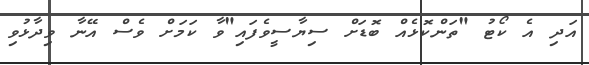
އަދި އެ ކޯޓު "ތަންކޮޅެއް ބޮޑަށް ސިޔާސީވެފައި"ވާ ކަމަށް ވެސް އޭނާ ވިދާޅުވި